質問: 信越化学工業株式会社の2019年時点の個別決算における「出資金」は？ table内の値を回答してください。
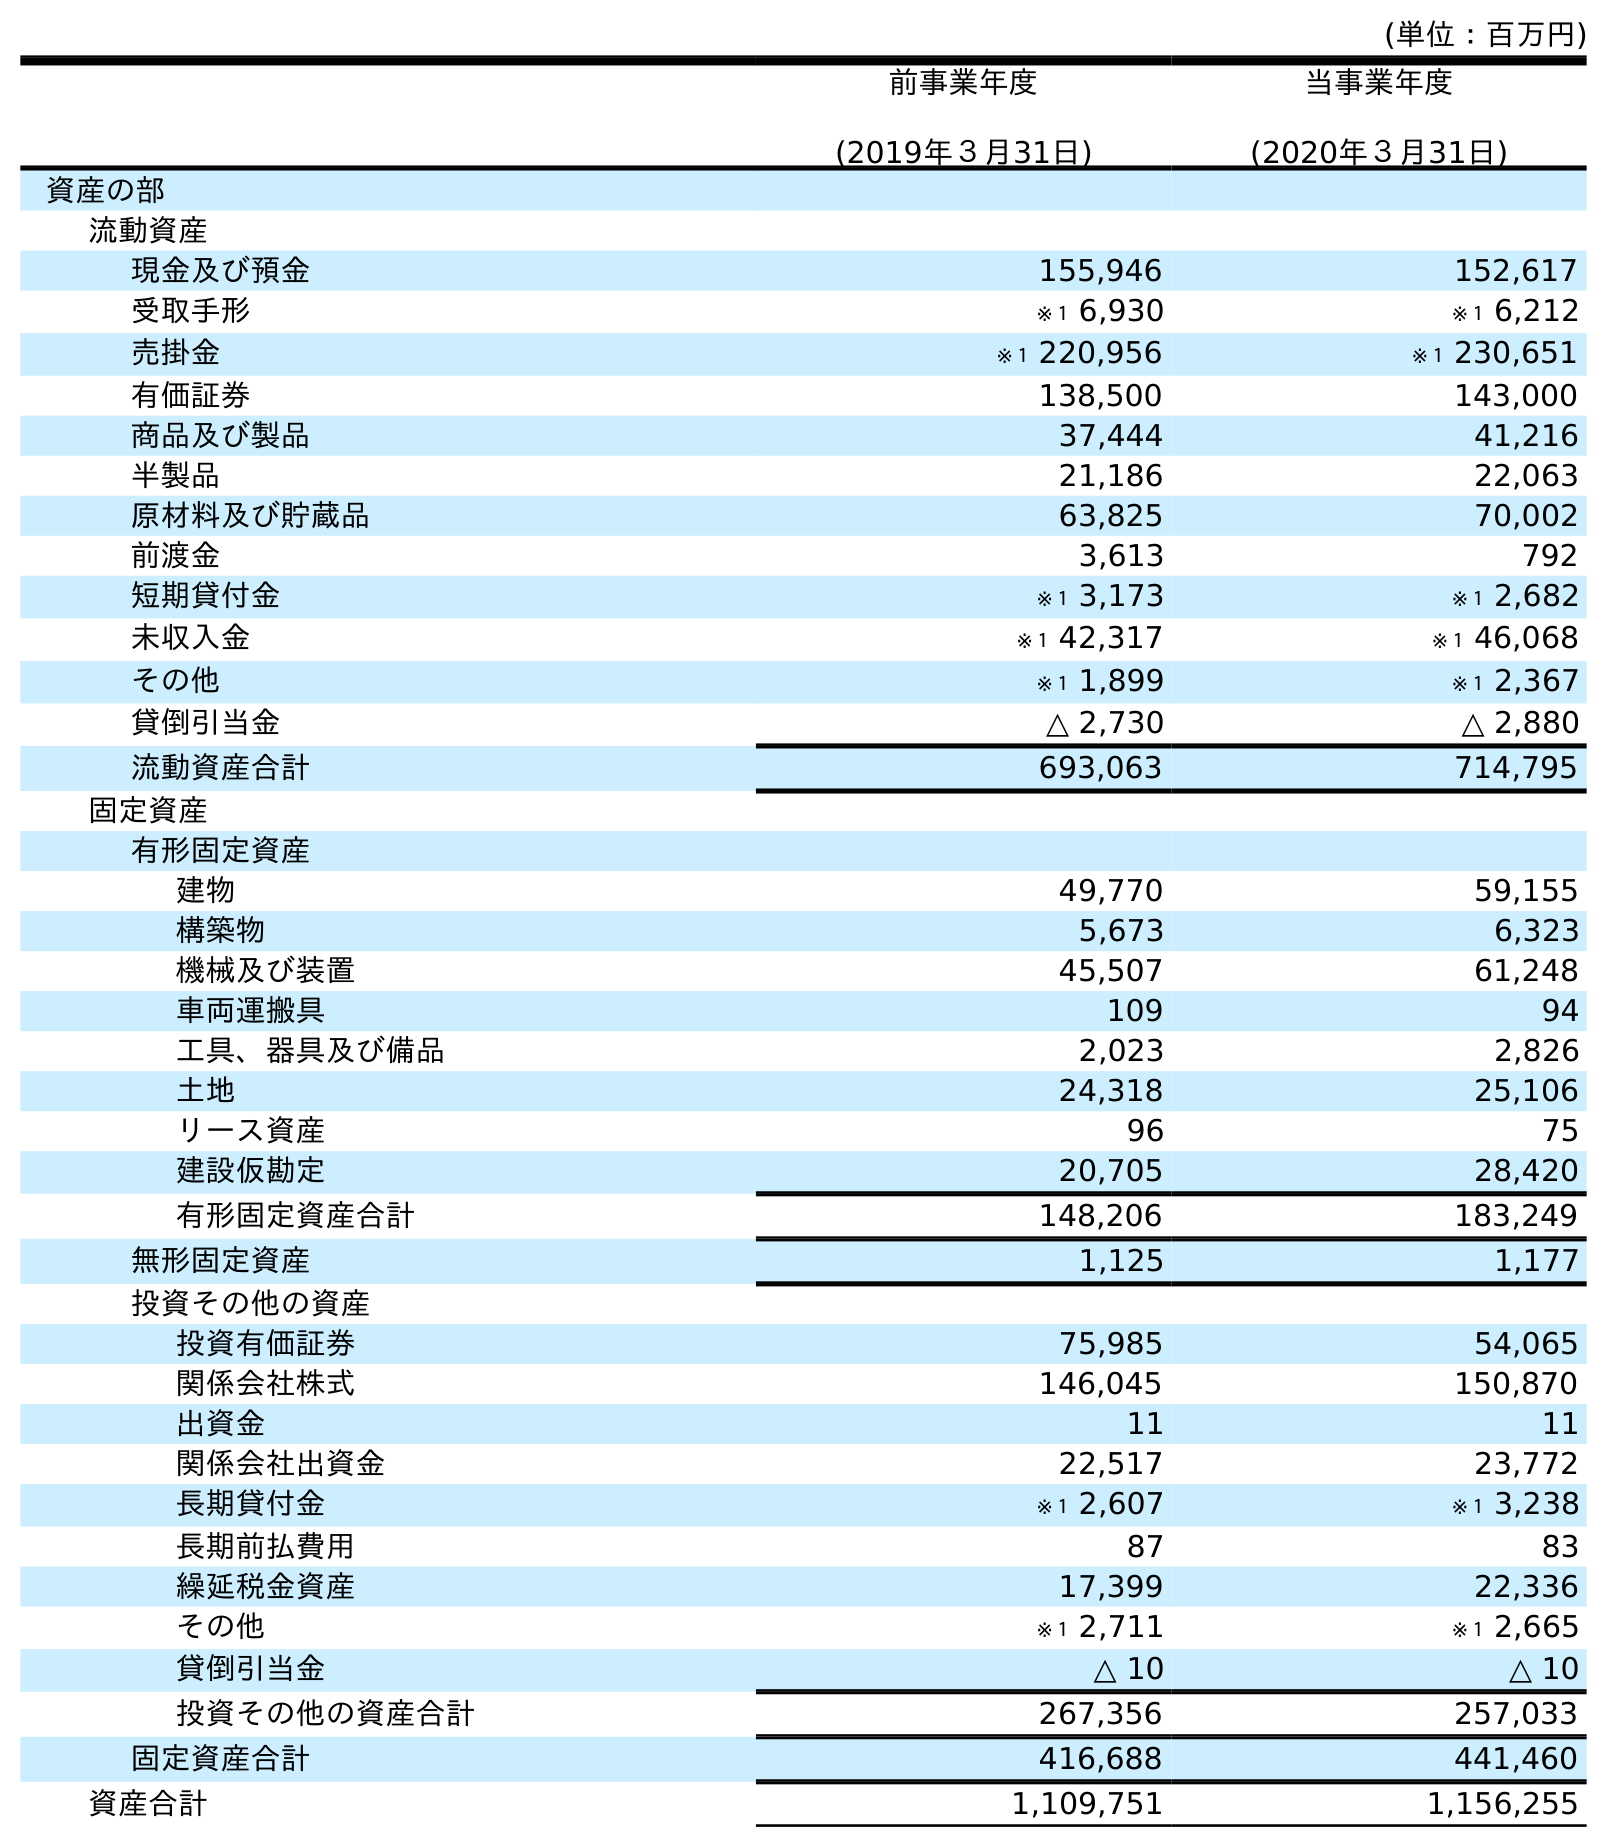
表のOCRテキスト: (単位：百万円) 前事業年度 (2019年３月31日) 当事業年度 (2020年３月31日) 資産の部 流動資産 現金及び預金 155,946 152,617 受取手形 ※１ 6,930 ※１ 6,212 売掛金 ※１ 220,956 ※１ 230,651 有価証券 138,500 143,000 商品及び製品 37,444 41,216 半製品 21,186 22,063 原材料及び貯蔵品 63,825 70,002 前渡金 3,613 792 短期貸付金 ※１ 3,173 ※１ 2,682 未収入金 ※１ 42,317 ※１ 46,068 その他 ※１ 1,899 ※１ 2,367 貸倒引当金 △ 2,730 △ 2,880 流動資産合計 693,063 714,795 固定資産 有形固定資産 建物 49,770 59,155 構築物 5,673 6,323 機械及び装置 45,507 61,248 車両運搬具 109 94 工具、器具及び備品 2,023 2,826 土地 24,318 25,106 リース資産 96 75 建設仮勘定 20,705 28,420 有形固定資産合計 148,206 183,249 無形固定資産 1,125 1,177 投資その他の資産 投資有価証券 75,985 54,065 関係会社株式 146,045 150,870 出資金 11 11 関係会社出資金 22,517 23,772 長期貸付金 ※１ 2,607 ※１ 3,238 長期前払費用 87 83 繰延税金資産 17,399 22,336 その他 ※１ 2,711 ※１ 2,665 貸倒引当金 △ 10 △ 10 投資その他の資産合計 267,356 257,033 固定資産合計 416,688 441,460 資産合計 1,109,751 1,156,255
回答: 11